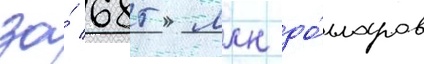
за́ 685 млн до́лларов